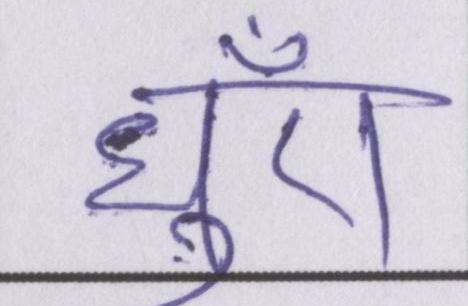
धुँए